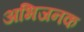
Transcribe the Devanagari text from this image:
अभिजनक